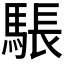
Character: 𮪉